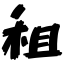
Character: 租